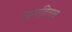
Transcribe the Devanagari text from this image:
जागवितात